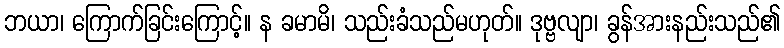
ဘယာ၊ ကြောက်ခြင်းကြောင့်။ န ခမာမိ၊ သည်းခံသည်မဟုတ်။ ဒုဗ္ဗလျာ၊ ခွန်အားနည်းသည်၏